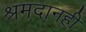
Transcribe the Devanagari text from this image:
श्रमदानही